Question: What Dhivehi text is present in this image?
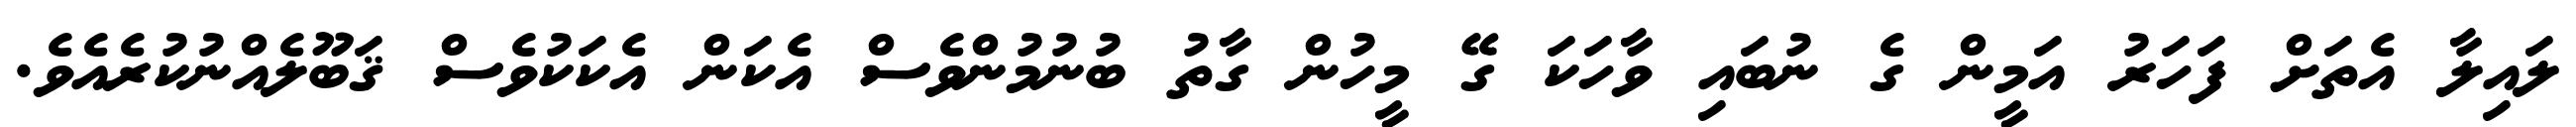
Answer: ލައިލާ އެތަށް ފަހަރު އަމީން ގެ ނުބައި ވާހަކަ ގޭ މީހުން ގާތު ބުނުމުންވެސް އެކަން އެކަކުވެސް ޤަބޫލެއްނުކުރެއެވެ.